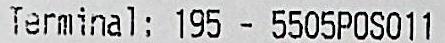
TERMINAL: 195-5505POS011